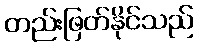
တည်းဖြတ်နိုင်သည်